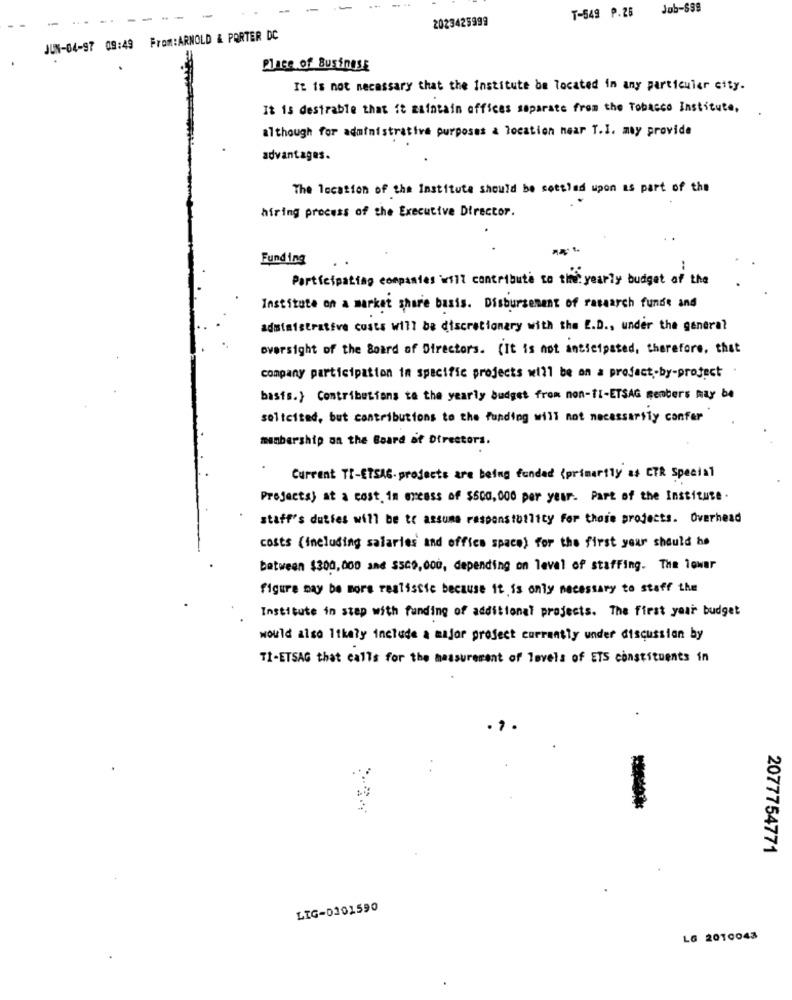
.. ..
-
Job-898
2023425999
T-549 P.26
JUN-04-97 09:49 From:ARNOLD & PORTER DC
Place of Business
It is not necessary that the institute be located in any particular city.
It is desirable that it maintain offices separate from the Tobacco Institute,
although for administrative purposes & location near T.I. may provide
advantages.
The location of the Institute should be settled upon as part of the
hiring process of the Executive Director.
Funding
Participating companies will contribute to the yearly budget of the
Institute on a market share basis . Disbursement of research funds and
administrative costs will be discretionary with the E.D ., under the genera?
oversight of the Board of Directors. ( It is not anticipated, therefore , that
company participation in specific projects will be on a project.by-project .
basis.} Contributions to the yearly budget from non-TI-ETSAG members may be
solicited, but contributions to the funding will not necessarily confer
membership on the Board of Directors.
Current TI-ETSAG. projects are being funded (primarily as CTR Special
Projectsj at a cost. in excess of $500,000 per year. Part of the Institute .
staff's duties will be to assume responstotlity for those projects. Overhead
costs (including salaries and office space) for the first year should be
between $300,000 and $509,000, depending on level of staffing. The lower
figure may be more realistic because it is only necessary to staff the
Institute in step with funding of additional projects. The first your budget
would also Itkaly include a major project currently under discussion by
TI-ETSAG that calls for the measurement of levels of ETS constituents in
2077754771
LIG-0101590
LG 2010043